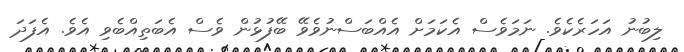
ލިބުނު އަހަރެކެވެ. ނަމަވެސް އެކަމަށް އެއްބަސްނުވެވޭ ބޭފުޅުން ވެސް އެބަތިއްބެވި އެވެ. އެފަދަ